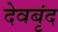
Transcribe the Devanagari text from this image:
देवबृंद